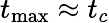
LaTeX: t_{\mathrm{max}}\approx t_{c}